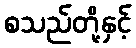
စသည်တို့နှင့်